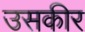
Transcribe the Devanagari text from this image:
उसकीर